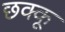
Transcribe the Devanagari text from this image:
छक्कू